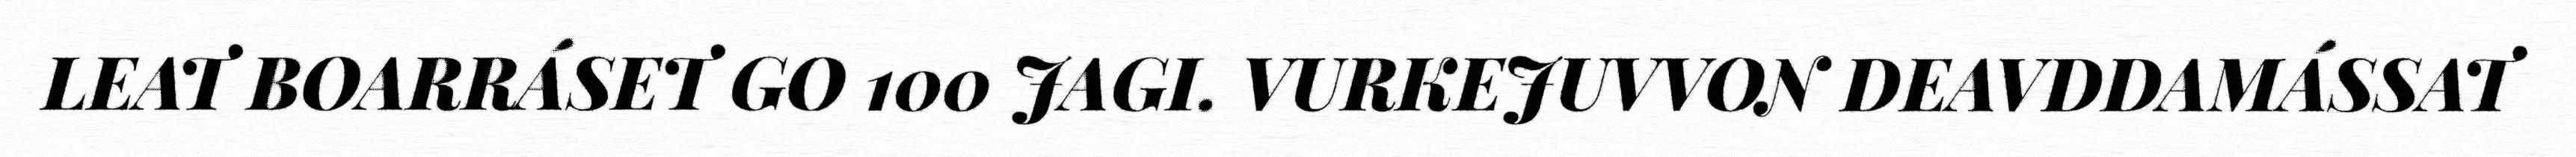
LEAT BOARRÁSET GO 100 JAGI. VURKEJUVVON DEAVDDAMÁSSAT